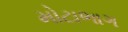
મોટાભાગ